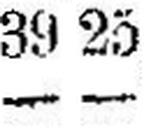
— —